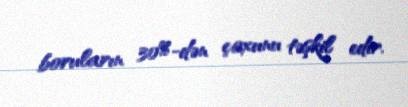
boruların 30%-dən çoxunu təşkil edir.